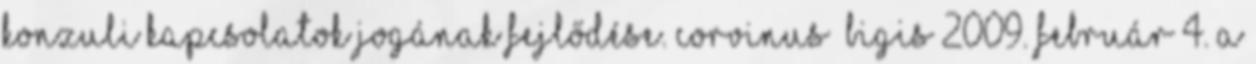
konzuli kapcsolatok jogának fejlődése. Corvinus BIGIS 2009. február 4. A